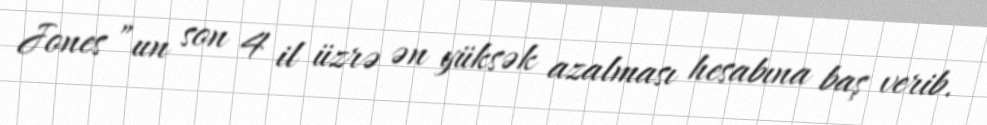
Jones ”un son 4 il üzrə ən yüksək azalması hesabına baş verib.